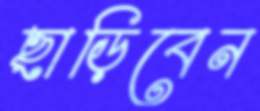
ছাড়িবেন